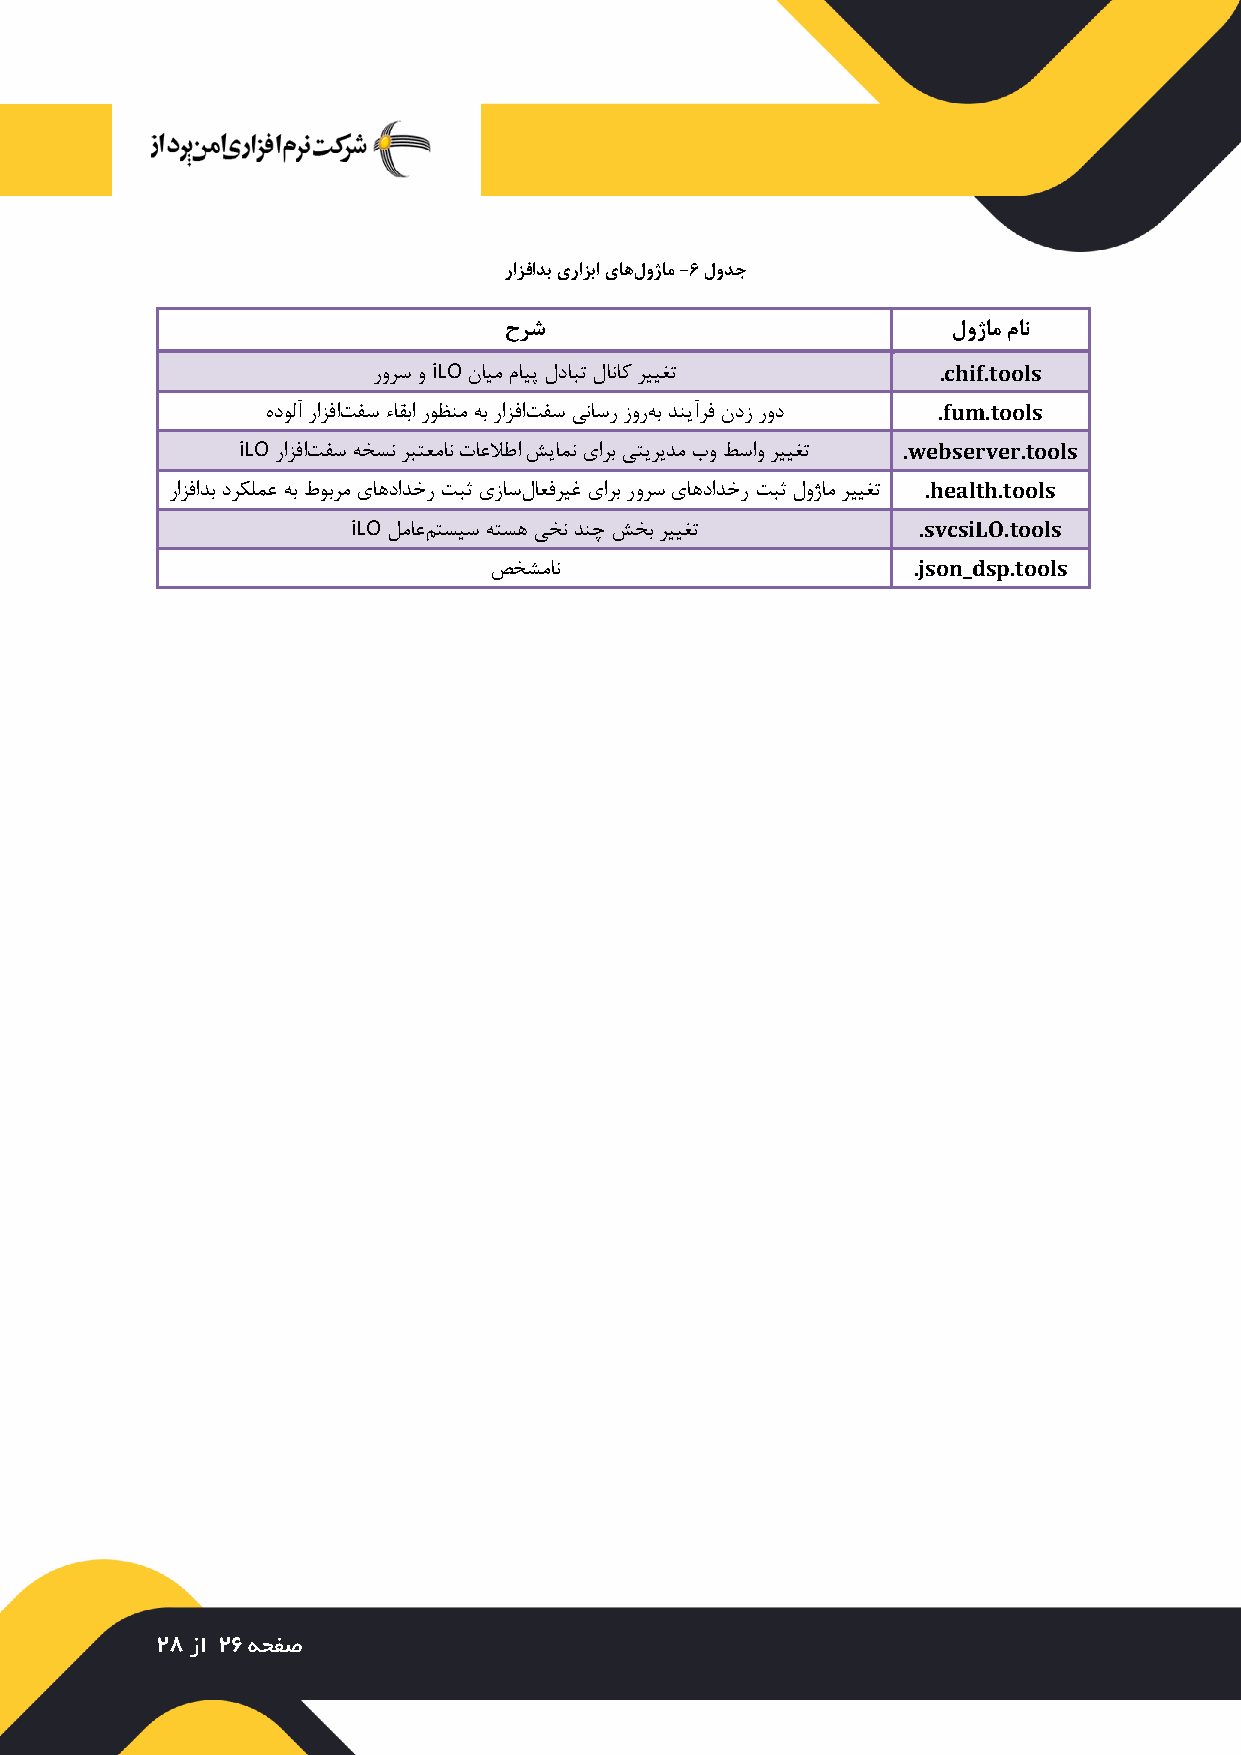
رازفادب یرازبا یاهلوژام -6 لودج
 حرش                           لوژام مان
 رورس و iLO نایم مایپ لدابت لاناک رییغت .chif.tools
 هدولآ رازفاتفس ءاقبا روظنم هب رازفاتفس یناسر زورهب دنیآرف ندز رود .fum.tools
 iLO رازفاتفس هخسن ربتعمان تاعلاطا شیامن یارب یتیریدم بو طساو رییغت .webserver.tools
 رازفادب درکلمع هب طوبرم یاهدادخر تبث یزاسلاعفریغ یارب رورس یاهدادخر تبث لوژام رییغت .health.tools
 iLO لماعمتسیس هتسه یخن دنچ شخب رییغت  .svcsiLO.tools
 صخشمان                      .json_dsp.tools
 28 زا 26 هحفص